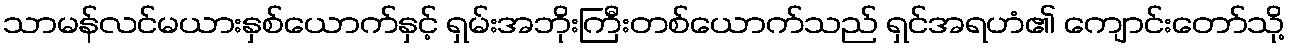
သာမန်လင်မယားနှစ်ယောက်နှင့် ရှမ်းအဘိုးကြီးတစ်ယောက်သည် ရှင်အရဟံ၏ ကျောင်းတော်သို့